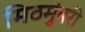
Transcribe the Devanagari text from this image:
मिठमुंबरी